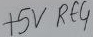
Text: +5VRE4